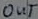
Text: OUT